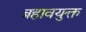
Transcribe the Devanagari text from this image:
बहावयुक्त